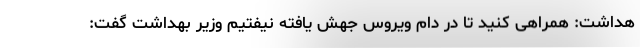
هداشت: همراهی کنید تا در دام ویروس جهش یافته نیفتیم وزیر بهداشت گفت: